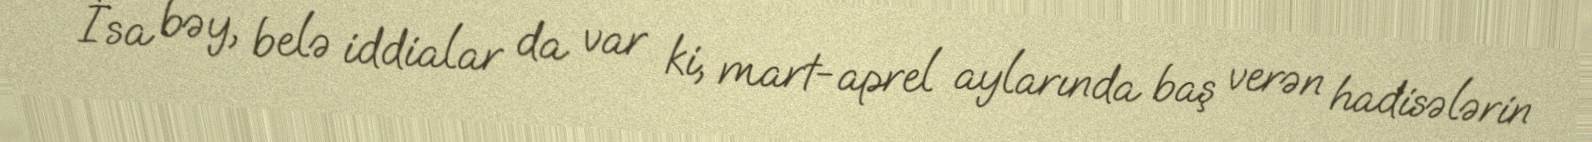
- İsa bəy, belə iddialar da var ki, mart-aprel aylarında baş verən hadisələrin